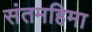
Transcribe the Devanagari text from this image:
संतमहिमा